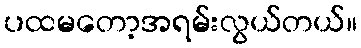
ပထမတော့အရမ်းလွယ်တယ်။